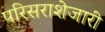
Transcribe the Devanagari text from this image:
परिसराशेजारी